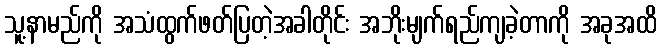
သူ့နာမည်ကို အသံထွက်ဖတ်ပြတဲ့အခါတိုင်း အဘိုးမျက်ရည်ကျခဲ့တာကို အခုအထိ